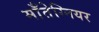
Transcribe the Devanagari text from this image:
माँतेग्नियर